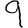
Digit: 9